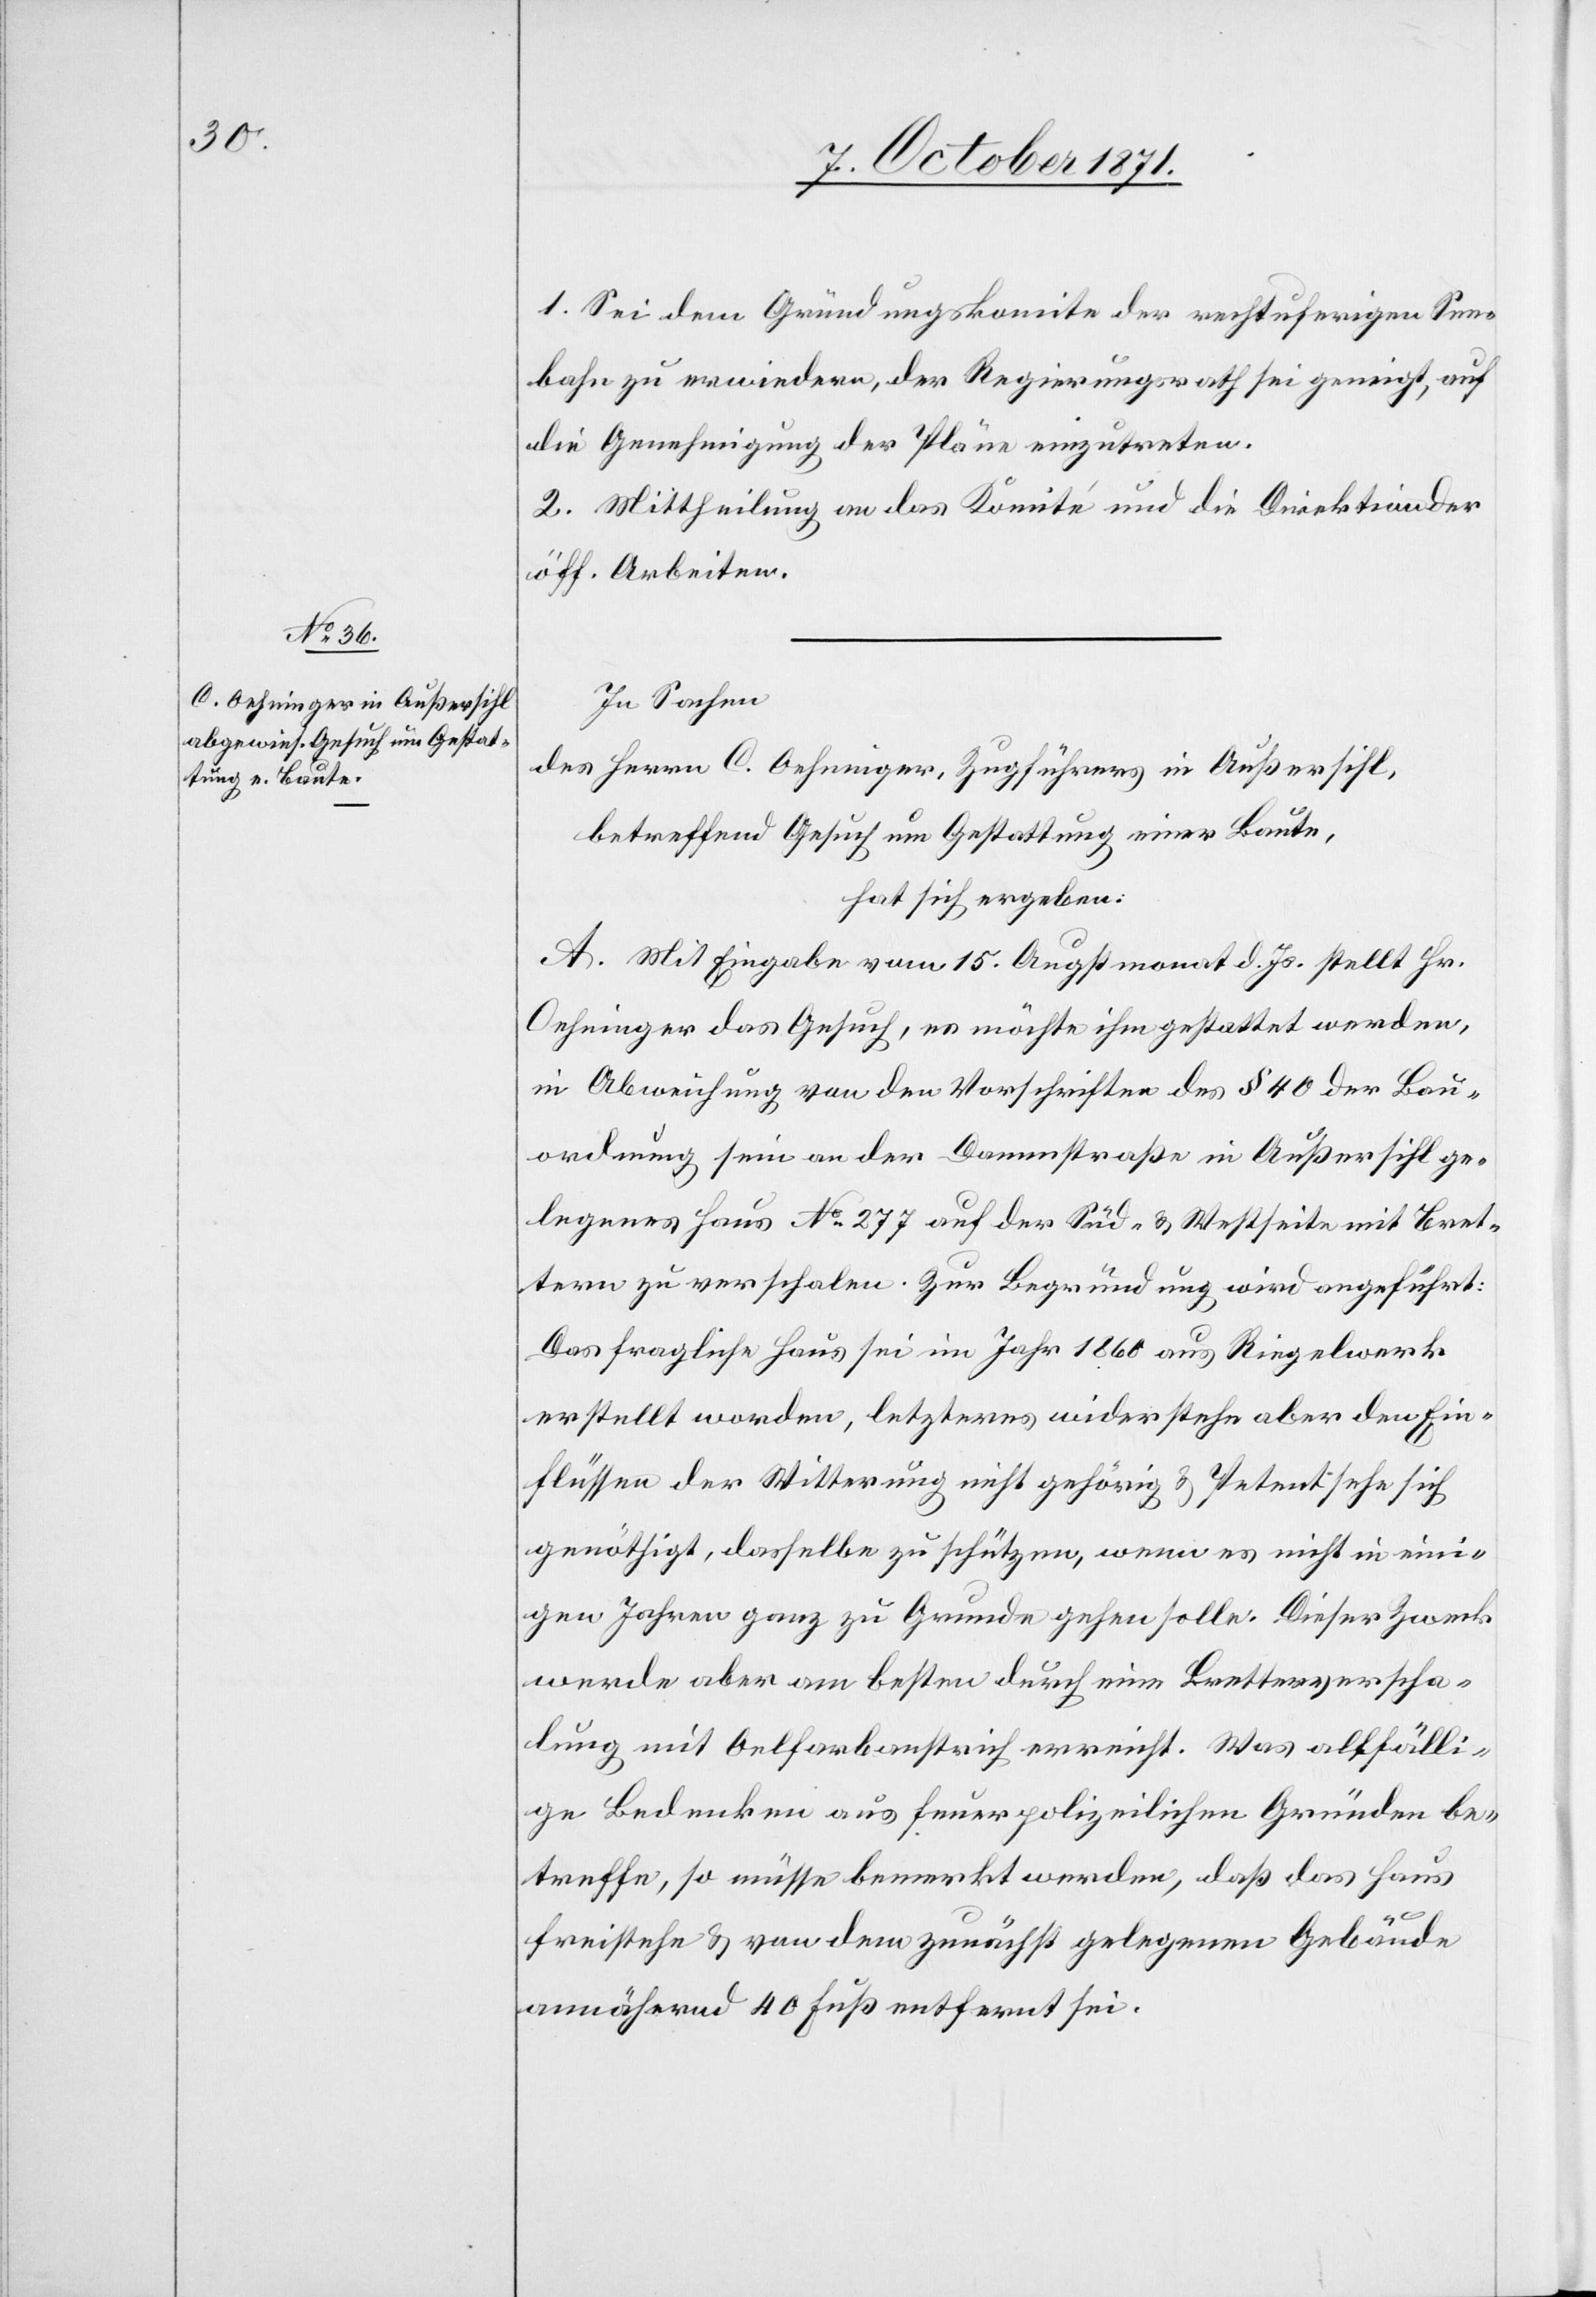
1. Sei dem Gründungskomite der rechtufrigen See¬
bahn zu erwiedern, der Regierungsrath sei geneigt, auf
die Genehmigung der Pläne einzutreten.
2. Mittheilung an das Komité und die Direktion der
öff. Arbeiten.
In Sachen
des Herrn C. Oehninger, Zugführers in Außersihl,
betreffend Gesuch um Gestattung einer Baute,
hat sich ergeben:
A. Mit Eingabe vom 15. Augstmonat d. Js. stellt Hr.
Oehninger das Gesuch, es möchte ihm gestattet werden,
in Abweichung von den Vorschriften des § 40 der Bau¬
ordnung sein an der Dammstraße in Außersihl ge¬
legenes Haus No 277 auf der Süd- & Westseite mit Bret¬
tern zu verschalen. Zur Begründung wird angeführt:
Das fragliche Haus sei im Jahr 1860 aus Riegelwerk
erstellt worden, letzteres widerstehe aber den Ein¬
flüssen der Witterung nicht gehörig & Petent sehe sich
genöthigt, dasselbe zu schützen, wenn es nicht in eini¬
gen Jahren ganz zu Grunde gehen solle. Dieser Zweck
werde aber am besten durch eine Bretterverscha¬
lung mit Oelfarbanstrich erreicht. Was allfälli¬
ge Bedenken aus feuerpolizeilichen Gründen be¬
treffe, so müsse bemerkt werden, daß das Haus
freistehe & von dem zunächst gelegenen Gebäude
annähernd 40 Fuß entfernt sei.